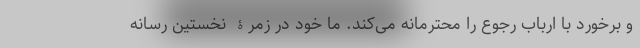
و برخورد با ارباب رجوع را محترمانه می‌کند. ما خود در زمرۀ نخستین رسانه